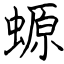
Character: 螈